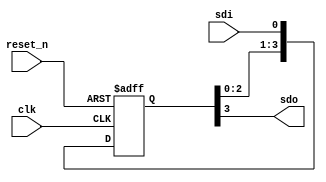

module shift_reg_siso(
	input reset_n,
	input clk,
    input sdi, // serial data in
	output sdo // serial data out
    );
	
	// Internal 4 bits wide register
	reg [3:0] siso;
	
	// Async negative reset is used
	// The input data is the same as the output data
	always @(posedge clk or negedge reset_n) begin
	    if (!reset_n)
		    siso <= 4'b0;
	    else
		    siso[3:0] <= {siso[2:0], sdi};
	end

    // Connect the sdo net to the register MSB
    assign sdo = siso[3];

endmodule